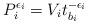
LaTeX: \begin{align*}P_i^{\epsilon_i} &= V_it_{b_i}^{-\epsilon_i} \end{align*}